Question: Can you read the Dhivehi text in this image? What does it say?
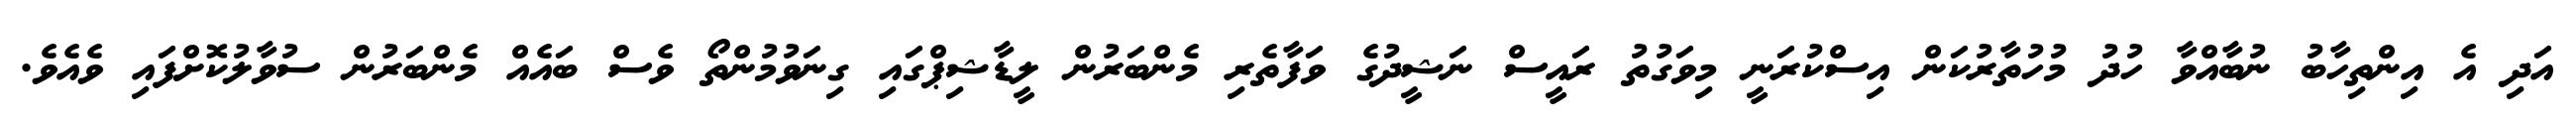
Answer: އަދި އެ އިންތިހާބު ނުބާއްވާ ހުދު މުހުތާރުކަން އިސްކުރަނީ މިވަގުތު ރައީސް ނަޝީދުގެ ވަފާތެރި މެންބަރުން ލީޑާޝިޕްގައި ގިނަވުމުންތޯ ވެސް ބައެއް މެންބަރުން ސުވާލުކޮށްފައި ވެއެވެ.